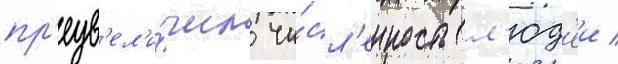
пр'еув'ел'и́чил чи́сл'енность л'юд'еи /